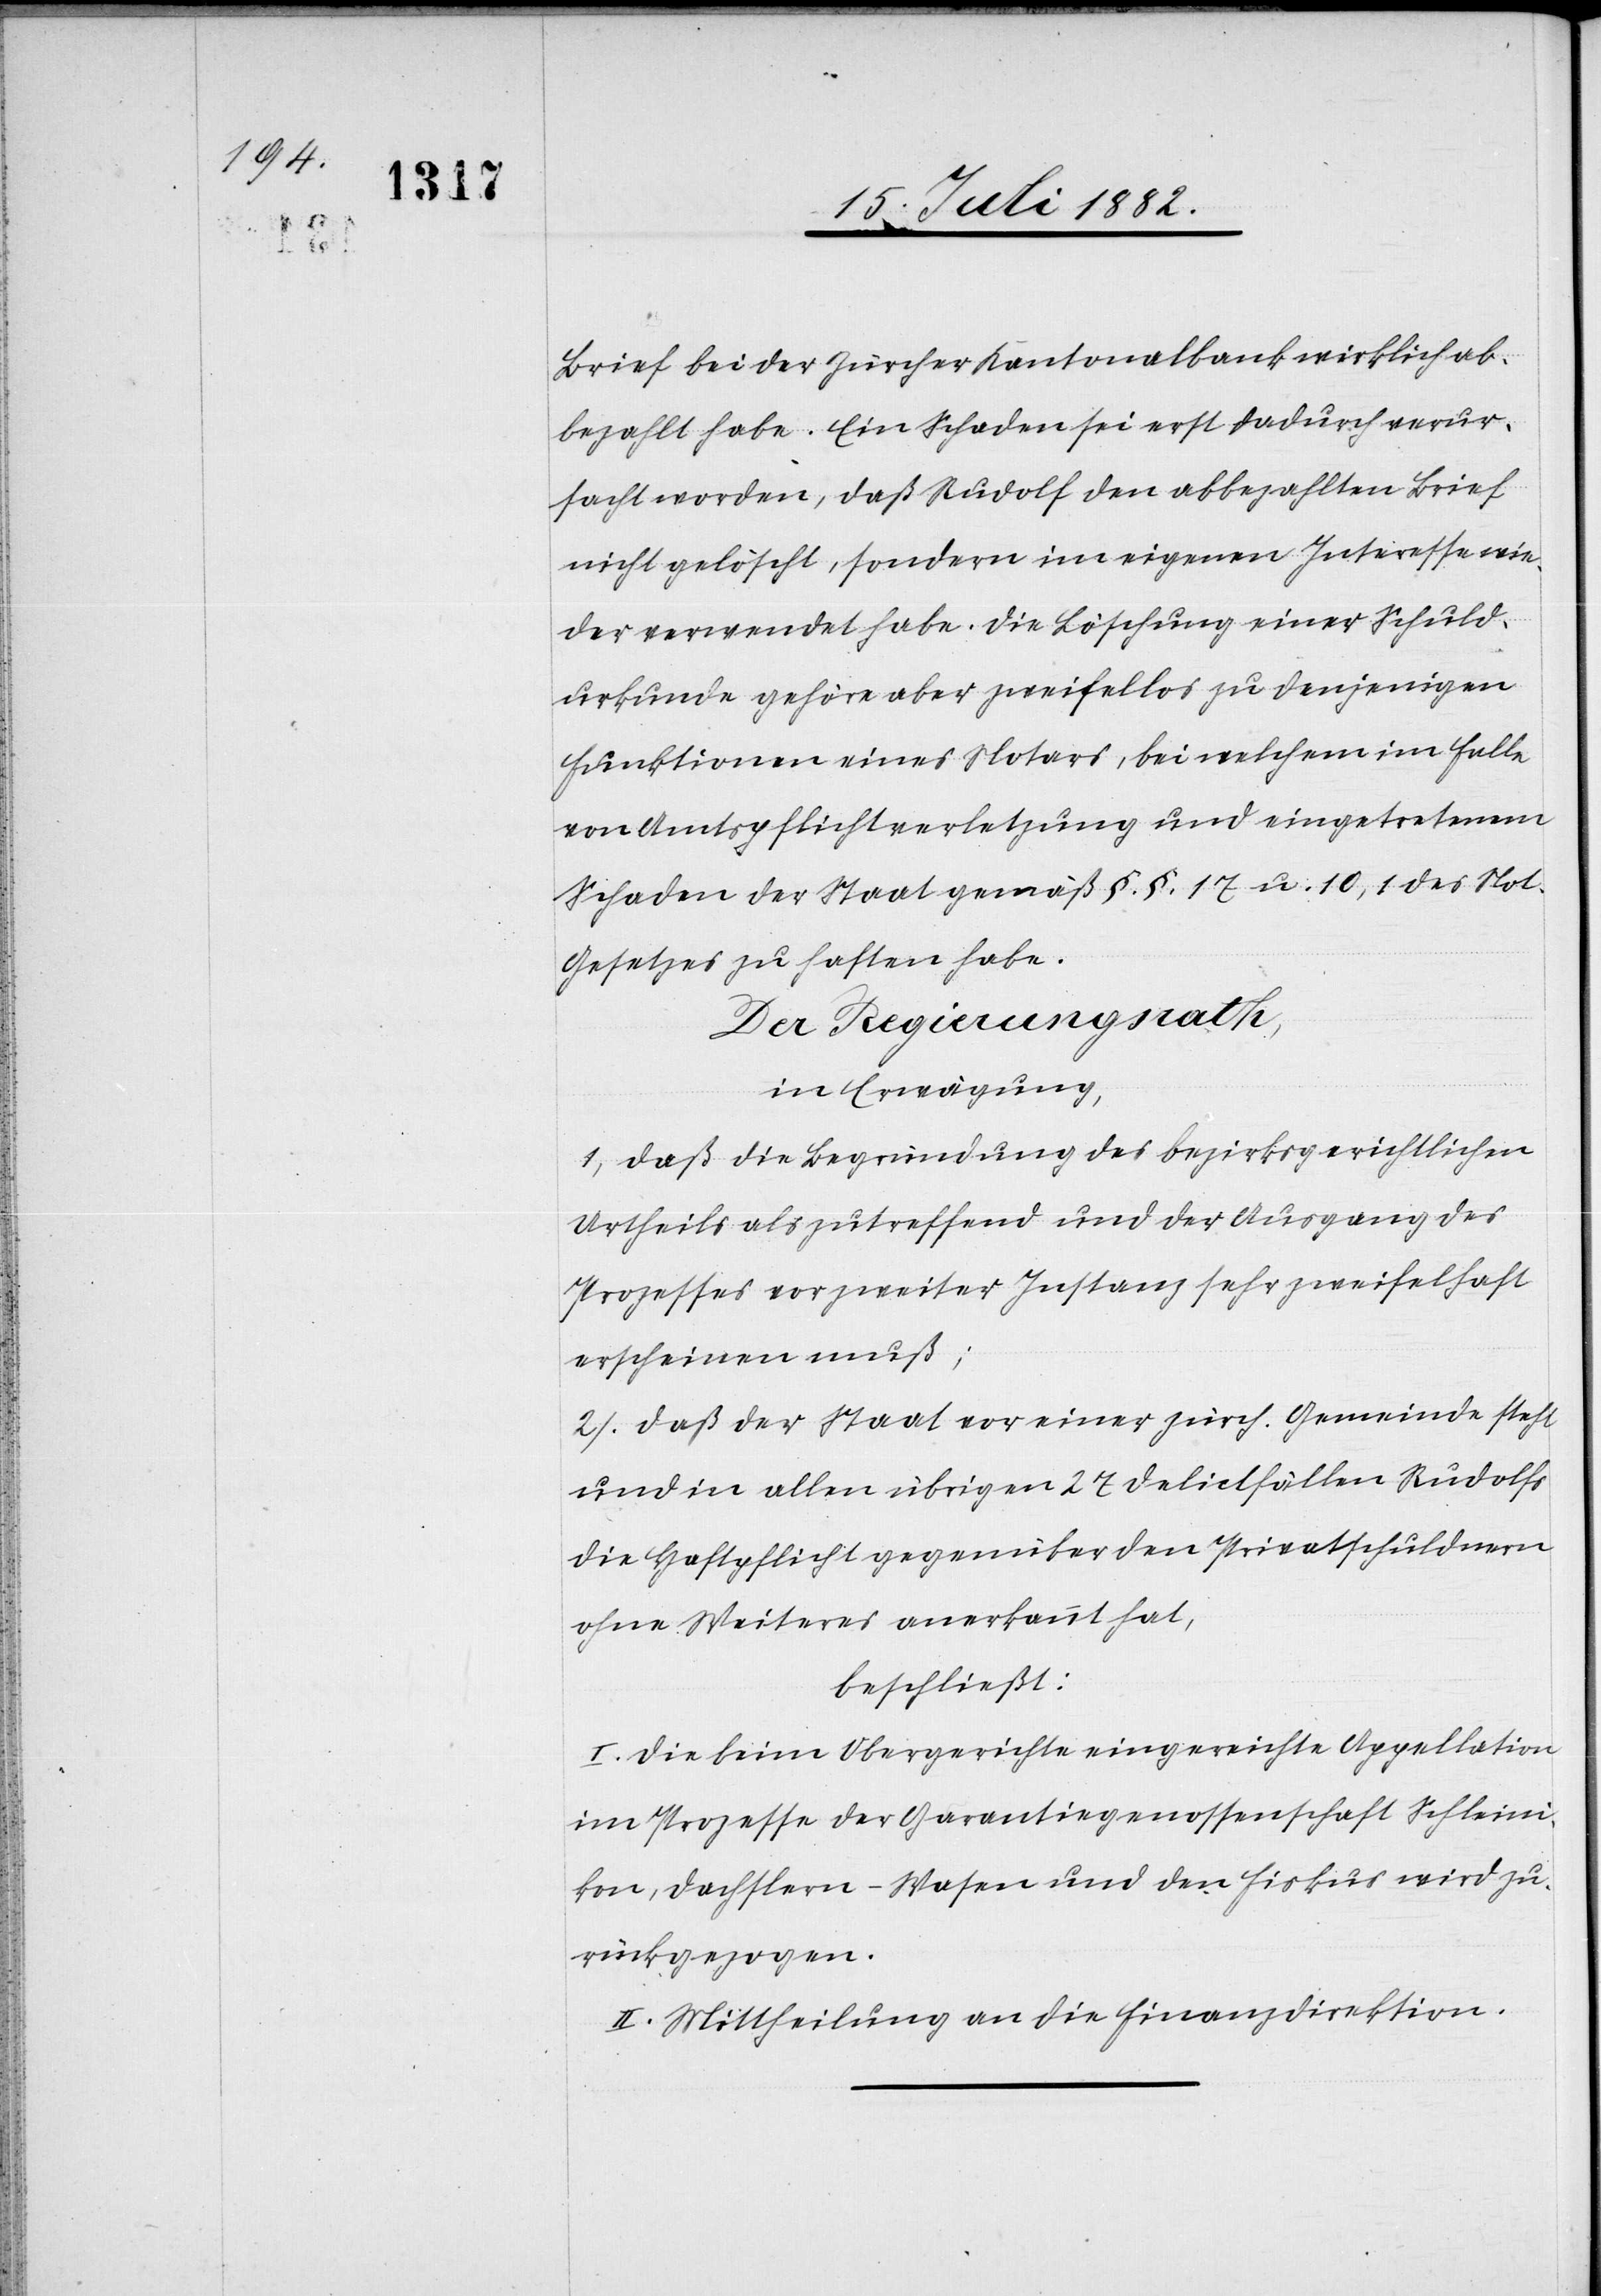
Brief bei der Zürcher Kantonalbank wirklich ab¬
bezahlt habe. Ein Schaden sei erst dadurch verur¬
sacht worden, daß Rudolf den abbezahlten Brief
nicht gelöscht, sondern im eigenen Interesse wie¬
der verwendet habe. Die Löschung einer Schuld¬
urkunde gehöre aber zweifellos zu denjenigen
Funktionen eines Notars, bei welchem [sic!] im Falle
von Amtspflichtverletzung und eingetretenem
Schaden der Staat gemäß §. §. 17 u. 10, 1 des Not.
Gesetzes zu haften habe.
Der Regierungsrath,
in Erwägung,
1) Daß die Begründung des bezirksgerichtlichen
Urtheils als zutreffend und der Ausgang des
Prozesses vor zweiter Instanz sehr zweifelhaft
erscheinen muß;
2) Daß der Staat vor einer zürch. Gemeinde steht
und in allen übrigen 27 Delictfällen Rudolfs
die Haftpflicht gegenüber den Privatschuldnern
ohne Weiteres anerkannt hat,
beschließt:
I. Die beim Obergerichte eingereichte Appellation
im Prozesse der Garantiegenossenschaft Schleini¬
kon, Dachslern-Wasen und den [sic!] Fiskus wird zu¬
rückgezogen.
II. Mittheilung an die Finanzdirektion.